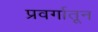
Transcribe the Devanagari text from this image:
प्रवर्गातून